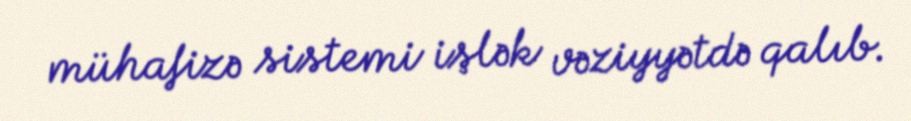
mühafizə sistemi işlək vəziyyətdə qalıb.